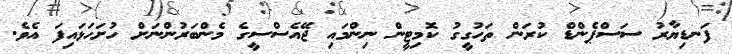
ފަނޑިޔާރު ސަސްޕެންޑް ކުރަން ތަހުގީގު ކޮމިޓީން ނިންމައި ޖޭއެސްސީގެ މެންބަރުންނަށް ހުށަހަޅައިފަ އެވެ.